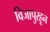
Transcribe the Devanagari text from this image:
विजापुरहून